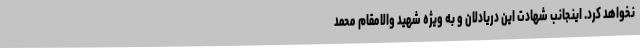
نخواهد کرد. اینجانب شهادت این دریادلان و به ویژه شهید والامقام محمد